Lunatic asylums Burma 1922-24 - 1922-1924
Year: 1922
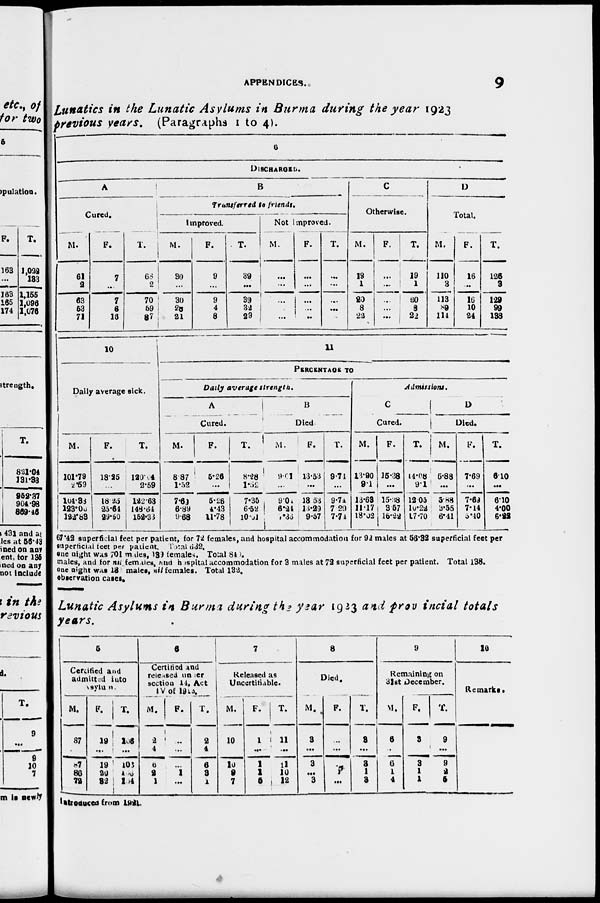
APPENDICES..
9
Lunatics in the Lunatic Asylums in Burma during the year 1923
previous years. (Paragraphs 1 to 4).
6
DISCHARGED.
A
Cured.
M.
61
2
63
53
71
F.
7
...
7
6
16
T.
68
2
70
59
87
B
Transferred to friends.
Improved.
M.
30
...
30
28
21
F.
9
...
9
4
8
T.
39
...
39
32
29
Not Improved.
M.
...
...
...
...
...
F.
...
...
...
...
...
T.
...
...
...
...
...
C
Otherwise.
M.
19
1
20
8
22
F.
...
...
...
...
...
T.
19
1
20
8
22
D
Total.
M.
110
3
113
89
114
F.
16
...
16
10
24
T.
126
3
129
99
138
10
Daily average sick.
M.
101.79
2.59
l04.38
123.00
122.83
F.
18.25
...
18.25
25.64
29.60
T.
120.04
2.59
122.63
148.64
152.33
11
PERCENTAGE TO
Daily average
strength.
A.
Cured.
M.
8.87
1.52
7.69
6.89
9.68
F.
5.26
...
5.26
4.43
11.78
T.
8.28
1.52
7.35
6.52
10.01
B.
Died
M.
9.01
...
9.01
6.21
7.35
F.
13.53
...
13.53
13.29
9.57
T.
9.74
...
9.74
7.29
7.74
Admissions,
C.
Cured.
M.
13.90
9.1
13.63
11.17
18.02
F.
15.38
...
15.38
3.57
16.22
T.
14.08
9.1
12.05
10.22
17.70
D.
Died.
M.
5.88
...
5.88
3.55
6.41
F.
7.69
...
7.69
7.14
5.40
T.
6.10
...
6.10
4.00
6.22
67.42 superficial feet per patient, for 72 females, and hospital accommodation for 92 males at 56.32 superficial feet per
superficial feet per patient. Total 632.
one night was 701 males, 139 females. Total 840.
males, and for nil females, and hospital accommodation for 3 males at 72 superficial feet per patient. Total 138.
one night was 13 males, nil females. Total 132.
observation cases.
Lunatic Asylums in Burma during the year 1923 and provincial
totals
years.
5
Certified and
admitted into
asylum.
M.
87
...
87
86
72
F.
19
...
19
20
82
T.
106
...
106
106
104
6
Certified and
released under
section 14, Act
IV of 1913.
M.
2
4
6
2
1
F.
...
...
...
1
...
T.
2
4
6
3
1
7
Released as
Uncertifiable.
M.
10
...
10
9
7
F.
1
...
1
1
5
T.
11
...
11
10
12
8
Died.
M.
3
...
3
...
3
F.
...
...
...
1
...
T.
3
...
3
1
3
9
Remaining on
31st December.
M.
6
...
6
1
4
F.
3
...
3
1
1
T.
9
...
9
2
6
10
Remarks.
Introduced from 1921.